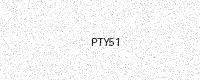
Text: PTY51